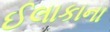
ઈલાકાના